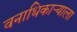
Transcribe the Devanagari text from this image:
वनाधिकार्‍याला